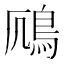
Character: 𫚯